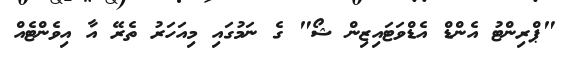
"ޕްރިންޓު އެންޑް އެޑްވަޓައިޒިން ޝޯ" ގެ ނަމުގައި މިއަހަރު ތެރޭ އާ އިވެންޓެއް